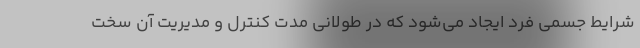
شرایط جسمی فرد ایجاد می‌شود که در طولانی مدت کنترل و مدیریت آن سخت